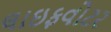
લાઇફવોટર